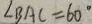
\angle B A C = 6 0 ^ { \circ }